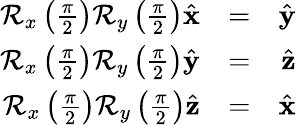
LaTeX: \begin{array}{rlr}{\mathcal{R}_{x}\left(\frac{\pi}{2}\right)\mathcal{R}_{y}\left(\frac{\pi}{2}\right)\hat{\mathbf x}}&{=}&{\hat{\mathbf y}}\\ {\mathcal{R}_{x}\left(\frac{\pi}{2}\right)\mathcal{R}_{y}\left(\frac{\pi}{2}\right)\hat{\mathbf y}}&{=}&{\hat{\mathbf z}}\\ {\mathcal{R}_{x}\left(\frac{\pi}{2}\right)\mathcal{R}_{y}\left(\frac{\pi}{2}\right)\hat{\mathbf z}}&{=}&{\hat{\mathbf x}}\end{array}